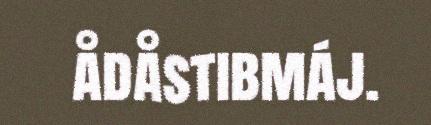
ådåstibmáj.